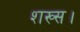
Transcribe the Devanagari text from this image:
शख्स।